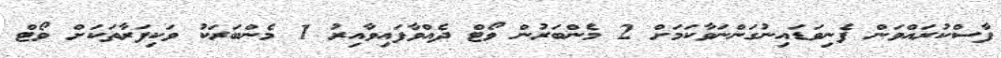
ފާސްކުރައްވަން ފެނިވަޑައިނުގަންނަވާކަމަށް 2 މެންބަރުން ވޯޓް ދެއްވާފައިވާއިރު 1 މެންބަރަކު ވަކިފަރާތަކަށް ވޯޓް